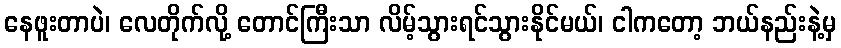
နေဖူးတာပဲ၊ လေတိုက်လို့ တောင်ကြီးသာ လိမ့်သွားရင်သွားနိုင်မယ်၊ ငါကတော့ ဘယ်နည်းနဲ့မှ